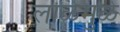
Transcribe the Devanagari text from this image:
लाळेमुळे